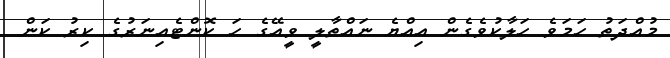
މުއްދަތު ހަމަވެ ހަލާކުވެގެން އިއްޔެ ނައްތާލީ ވީއޭގެ ހަ ކޮންޓެއިނަރުގެ ކިރު ކަން